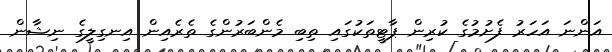
އަންނަ އަހަރު ފެށުމުގެ ކުރިން ޕާޓީތަކުގައި ތިބި މެންބަރުންގެ ތެރެއިން އިނގިލީގެ ނިޝާން